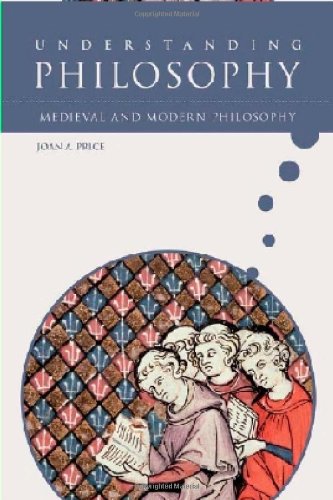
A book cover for Medieval and Modern Philosophy (Understanding Philosophy); Joan A. Price; Teen & Young Adult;